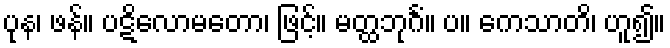
ပုန၊ ဖန်။ ပဋိလောမတော၊ ဖြင့်။ မတ္ထဘုင်္ဂံ။ ပ။ ကေသာတိ၊ ဟူ၍။